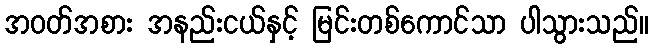
အဝတ်အစား အနည်းငယ်နှင့် မြင်းတစ်ကောင်သာ ပါသွားသည်။